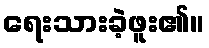
ရေးသားခဲ့ဖူး၏။